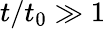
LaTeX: t/t_{0}\gg 1